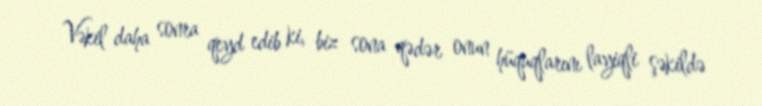
Vəkil daha sonra qeyd edib ki, biz sona qədər onun hüquqlarını layiqli şəkildə